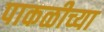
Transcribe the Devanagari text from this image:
पाकळीच्या